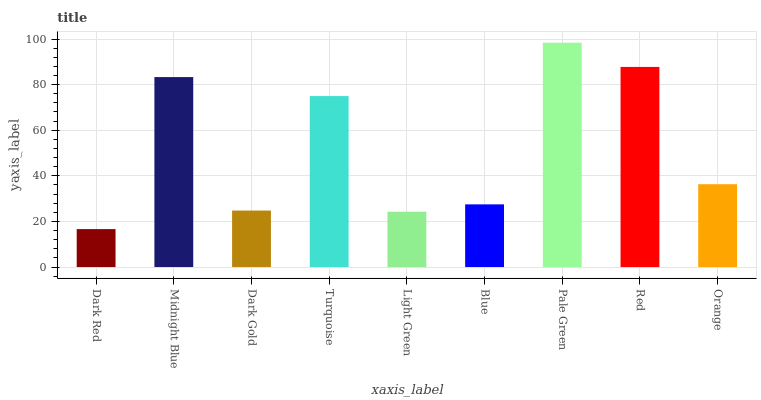
| xaxis_label | bars |
 | --- | --- |
 | Dark Red | 16.6 |
 | Midnight Blue | 83.3 |
 | Dark Gold | 24.8 |
 | Turquoise | 75 |
 | Light Green | 24.3 |
 | Blue | 27.5 |
 | Pale Green | 98.4 |
 | Red | 87.8 |
 | Orange | 36.3 |